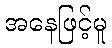
အနေဖြင့်မူ